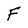
Character: F